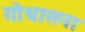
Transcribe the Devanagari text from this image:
गोधासना